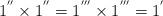
LaTeX: \begin{align*}1^{''} \times 1^{''} = 1^{'''} \times 1^{'''} = 1^{'}\end{align*}